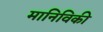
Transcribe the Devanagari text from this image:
मानिविकी